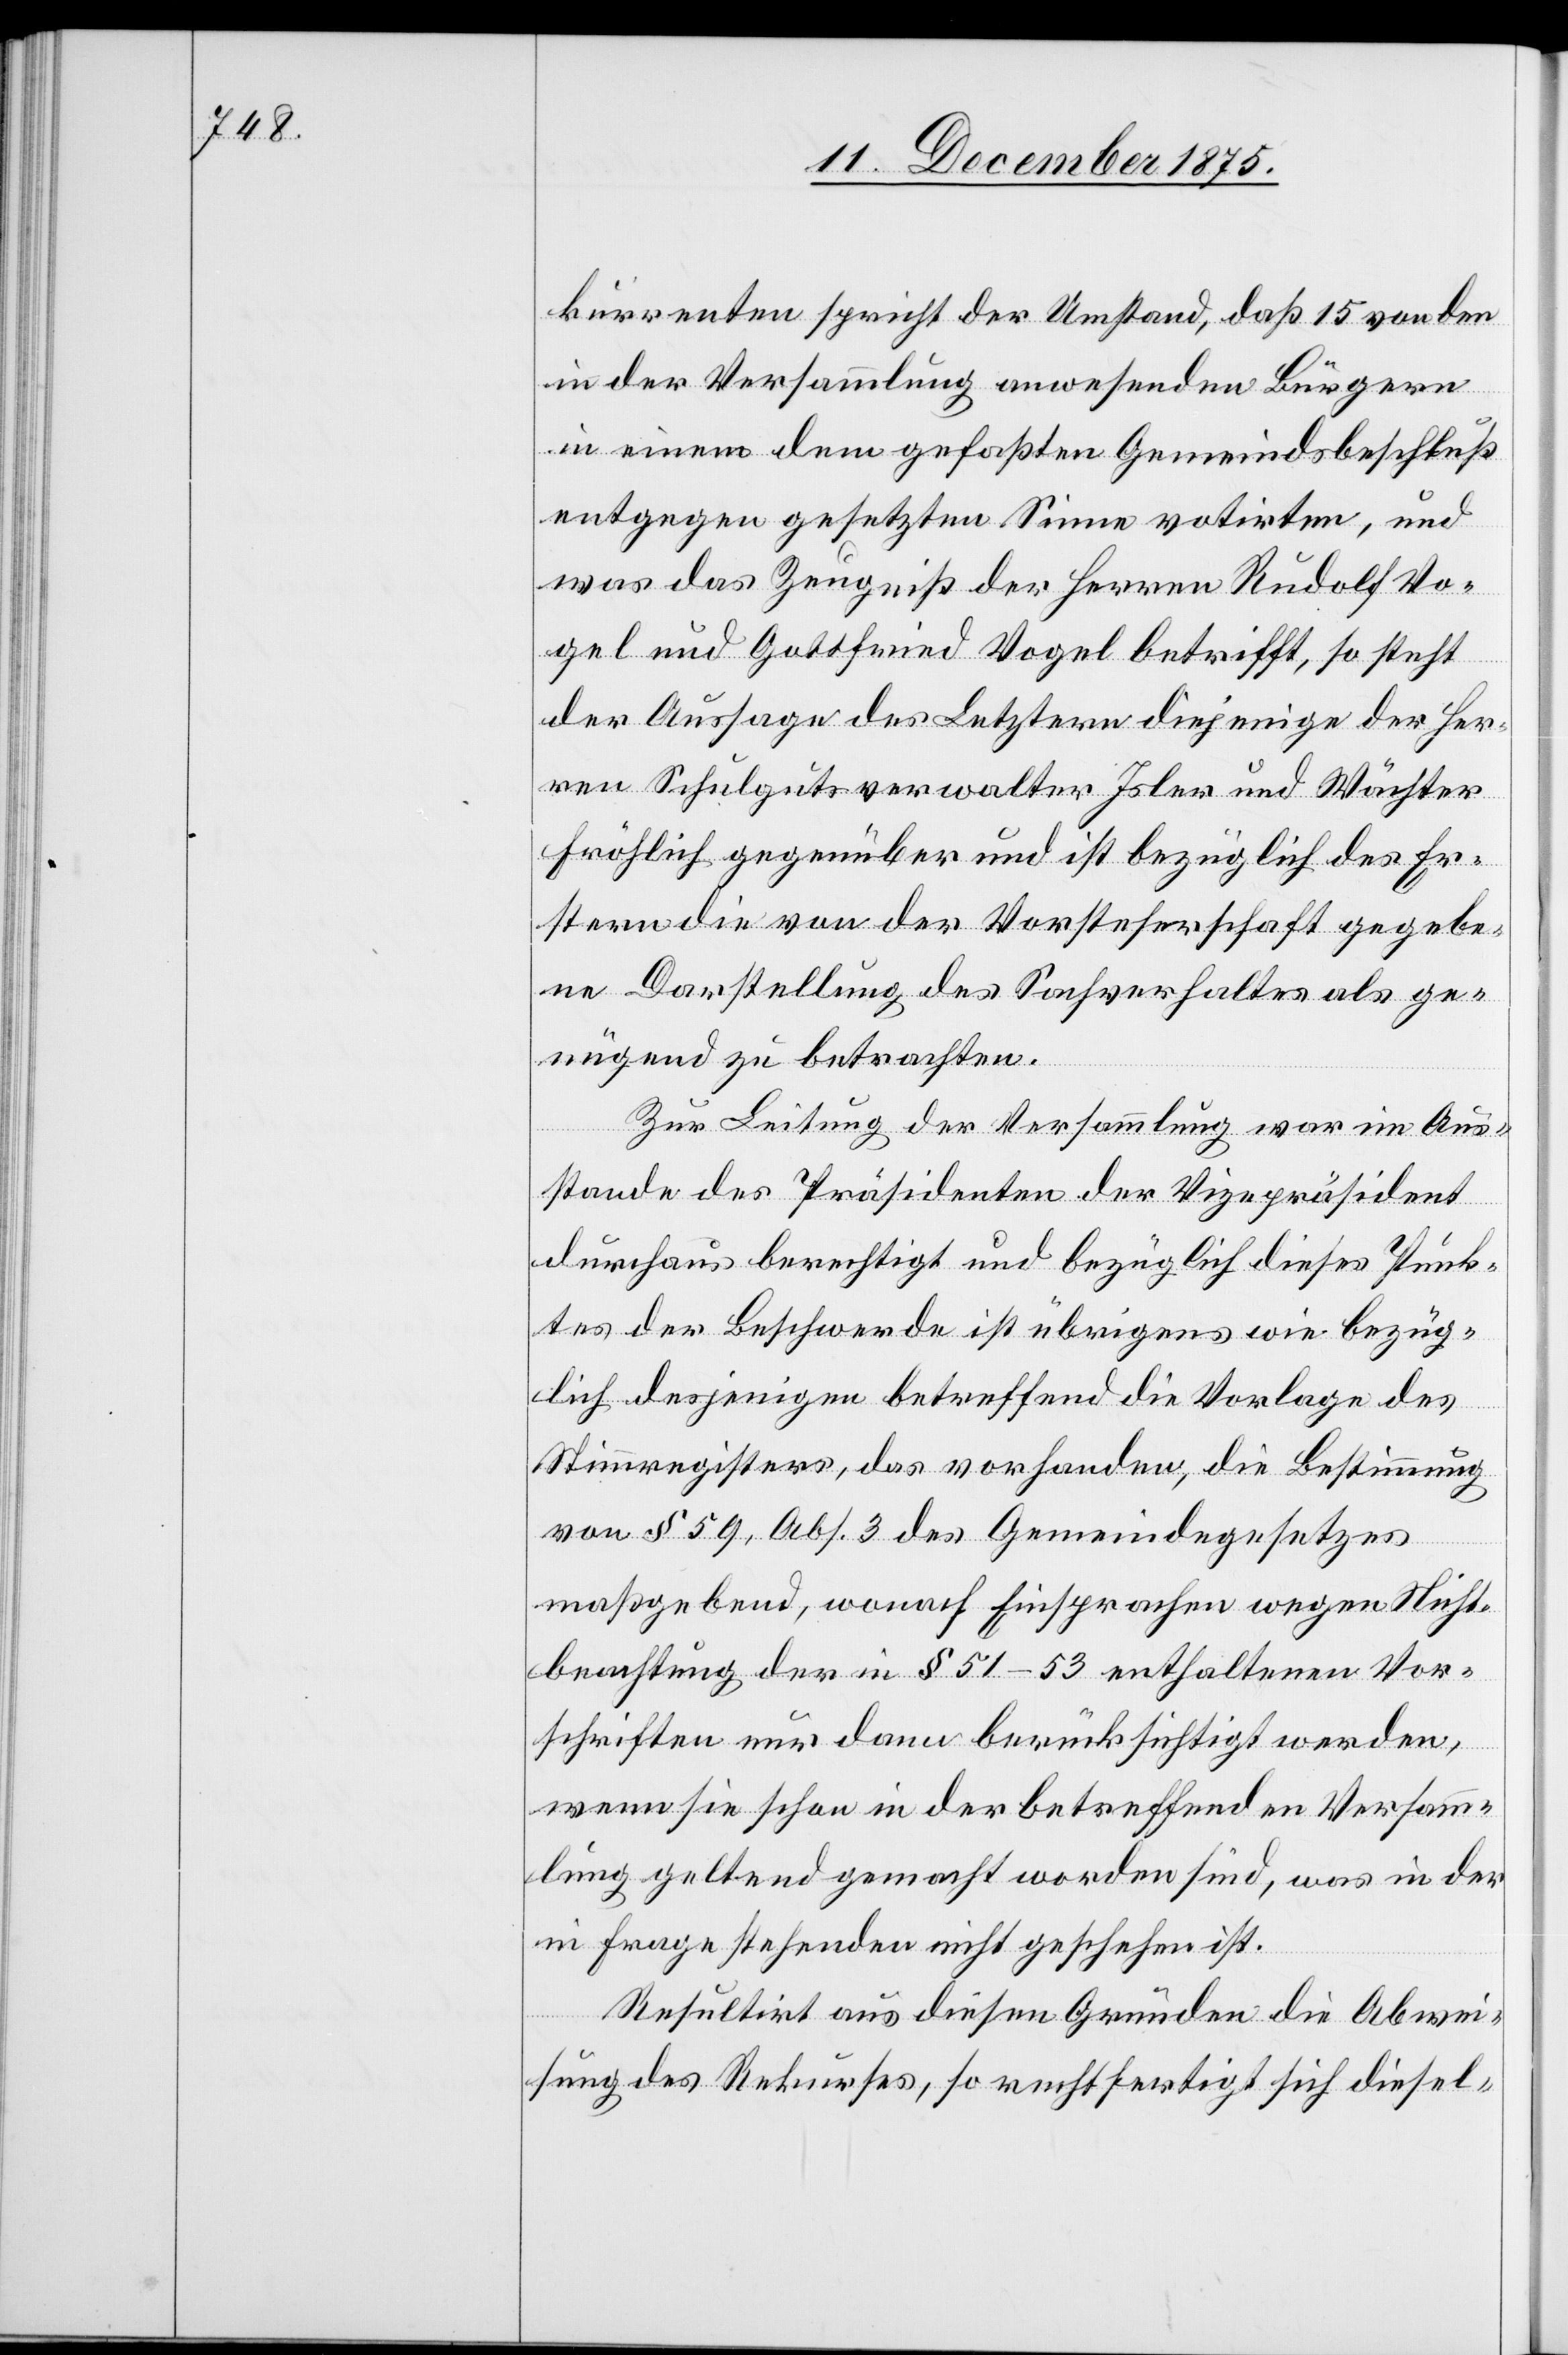
kurrenten spricht der Umstand, daß 15 von den
in der Versammlung anwesenden Bürgern
in einem dem gefaßten Gemeindsbeschluß
entgegen gesetzten Sinne votirten, und
was das Zeugniß der Herren Rudolf Vo¬
gel und Gottfried Vogel betrifft, so steht
der Aussage der Letztern diejenige der Her¬
ren Schulgutsverwalter Isler und Wächter
Fröhlich gegenüber und ist bezüglich des Er¬
stern die von der Vorsteherschaft gegebe¬
ne Darstellung des Sachverhaltes als ge¬
nügend zu betrachten.
Zur Leitung der Versammlung war im Aus¬
stande des Präsidenten der Vizepräsident
durchaus berechtigt und bezüglich dieses Punk¬
tes der Beschwerde ist übrigens wie bezüg¬
lich desjenigen betreffend die Vorlage des
Stammregisters, das vorhanden, die Bestimmung
von § 59, Abs. 3 des Gemeindegesetzes
maßgebend, wonach Einsprachen wegen Nicht¬
beachtung der in § 51–53 enthaltenen Vor¬
schriften nur dann berücksichtigt werden,
wenn sie schon in der betreffenden Versamm¬
lung geltend gemacht worden sind, was in der
in Frage stehenden nicht geschehen ist.
Resultirt aus diesen Gründen die Abwei¬
sung des Rekurses, so rechtfertigt sich diesel-